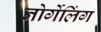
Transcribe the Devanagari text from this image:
नोर्गेलिंग